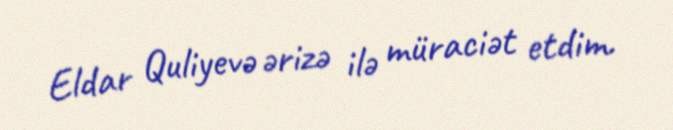
Eldar Quliyevə ərizə ilə müraciət etdim.